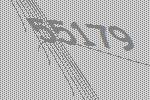
55179